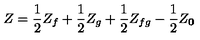
Z = { \frac { 1 } { 2 } } Z _ { f } + { \frac { 1 } { 2 } } Z _ { g } + { \frac { 1 } { 2 } } Z _ { f g } - { \frac { 1 } { 2 } } Z _ { \bf 0 }